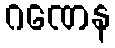
ဂဏေန